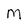
Character: M